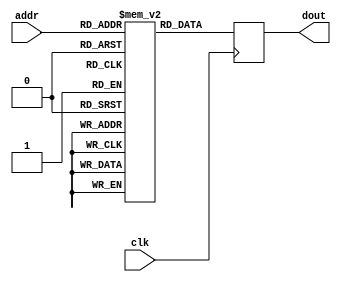
module rom (
  input            clk,
  input [13:0]     addr,
  output reg [7:0] dout,
);

  parameter MEM_INIT_FILE = "";
   
  reg [7:0] rom [0:16383];

  initial
    if (MEM_INIT_FILE != "")
      $readmemh(MEM_INIT_FILE, rom);
   
  always @(posedge clk) begin
    dout <= rom[addr];
  end

endmodule